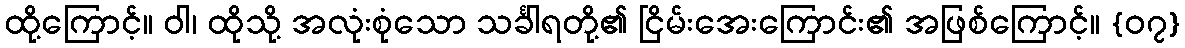
ထို့ကြောင့်။ ဝါ၊ ထိုသို့ အလုံးစုံသော သင်္ခါရတို့၏ ငြိမ်းအေးကြောင်း၏ အဖြစ်ကြောင့်။ {၀၇}